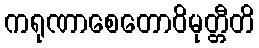
ကရုဏာစေတောဝိမုတ္တီတိ